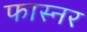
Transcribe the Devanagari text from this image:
फास्नर